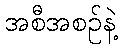
အစီအစဉ်နဲ့